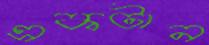
একটান